Report of the Indian Hemp Drugs Commission, 1894-1895 - Volume VII
Year: 1894
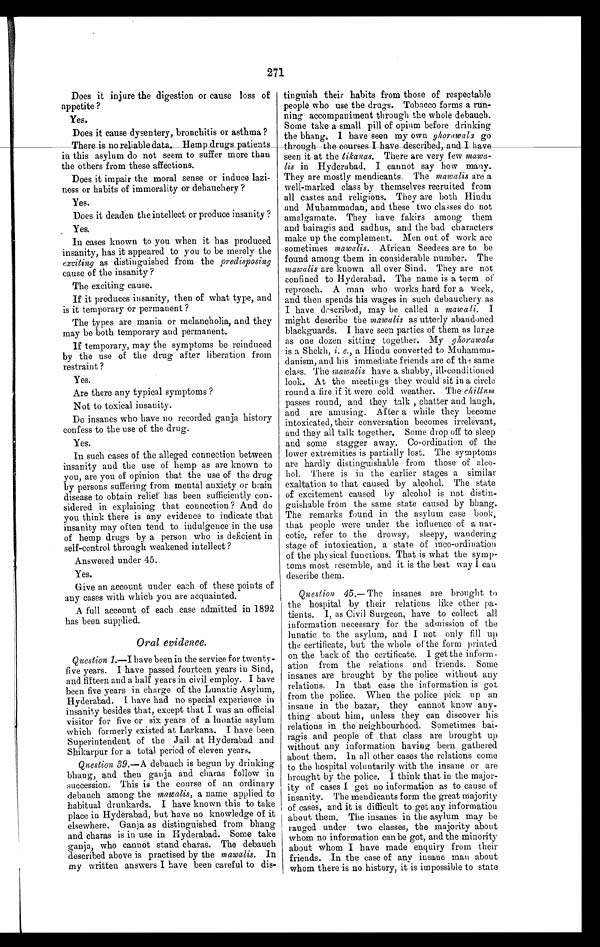
271
Does it injure the digestion or cause loss of
appetite ?
Yes.
Does it cause dysentery, bronchitis or asthma ?
There is no reliable data. Hemp drugs patients
in this asylum do not seem to suffer more than
the others from these affections.
Does it impair the moral sense or induce lazi
ness or habits of immorality or debauchery ?
Yes.
Does it deaden the intellect or produce insanity
Yes.
In cases known to you when it has produced
insanity, has it appeared to you to be merely the
exciting as distinguished from the predisposing
cause of the insanity ?
The exciting cause.
If it produces insanity, then of what type, and
is it temporary or permanent ?
The types are mania or melancholia, and they
may be both temporary and permanent.
If temporary, may the symptoms be reinduced
by the use of the drug after liberation from
restraint ?
Yes.
Are there any typical symptoms ?
Not to toxical insanity.
Do insanes who have no recorded ganja history
confess to the use of the drug.
Yes.
In such cases of the alleged connection between
insanity and the use of hemp as are known to
you, are you of opinion that the use of the drug
by persons suffering from mental anxiety or brain
disease to obtain relief has been sufficiently con
sidered in explaining that connection? And do
you think there is any evidence to indicate that
insanity may often tend to indulgence in the use
of hemp drugs by a person who is deficient in
self-control through weakened intellect ?
Answered under 45.
Yes.
Give an account under each of these points of
any cases with which you are acquainted.
A full account of each case admitted in 1892
has been supplied.
Oral evidence.
Question 1.—I have been in the service for twenty-
five years. I have passed fourteen years in Sind,
and fifteen and a half years in civil employ. I have
been five years in charge of the Lunatic Asylum,
Hyderabad. I have had no special experience in
insanity besides that, except that I was an official
visitor for five or six years of a lunatic asylum
which formerly existed at Larkana. I have been
Superintendent of the Jail at Hyderabad and
Shikarpur for a total period of eleven years.
Question 39.—A debauch is begun by drinking
bhang, and then ganja and charas follow in
succession. This is the course of an ordinary
debauch among the mawalis, a name applied to
habitual drunkards. I have known this to take
place in Hyderabad, but have no knowledge of it
elsewhere, Ganja as distinguished from bhang
and charas is in use in Hyderabad. Some take
ganja, who cannot stand charas. The debauch
described above is practised by the mawalis. In
my written answers I have been careful to dis
tinguish their habits from those of respectable
people who use the drugs. Tobacco forms a run
ning accompaniment through the whole debauch.
Some take a small pill of opium before drinking
the bhang. I have seen my own ghorawala go
through the courses I have described, and I have
seen it at the tikanas. There are very few mawa-
lis in Hyderabad. I cannot say how many.
They are mostly mendicants. The mawalis are
well-marked class by themselves recruited from
all castes and religions. They are both Hindu
and Muhammadan, and these two classes do not
amalgamate. They have fakirs among them
and bairagis and sadhus, and the bad characters
make up the complement. Men out of work are
sometimes mawalis. African Seedees are to be
found among them in considerable number. The
mawalis are known all over Sind. They are not
confined to Hyderabad. The name is a term of
reproach. A man who works hard for a week,
and then spends his wages in such debauchery as
I have described, may be called a mawali. I
might describe the mawalis as utterly abandoned
blackguards. I have seen parties of them as large
as one dozen sitting together. My ghorawala
is a Shekh, e., a Hindu converted to Muhamma
-danism, and his immediate friends are of the
same
class. The mawalis have a shabby, ill-conditioned
look. At the meetings they would sit in a circle
round a fire if it were cold weather. The chillum
passes round, and they talk , chatter and laugh,
and are amusing. After a while they become
intoxicated, their conversation becomes irrelevant,
and they all talk together. Some drop off to sleep
and some stagger away. Co-ordination of the
lower extremities is partially lost. The symptoms
are hardly distinguishable from those of
alco-
hol. There is in the earlier stages a similar
exaltation to that caused by alcohol. The state
of excitement caused by alcohol is not distin
-guishable from the same state caused by
bhang.
The remarks found in the asylum case book,
that people were under the influence of a nar
cotic, refer to the drowsy, sleepy, wandering
stage of intoxication, a state of inco-ordination
of the physical functions. That is what the symp
Question 45.— The insanes are brought to
the hospital by their relations like other pa
tients. I, as Civil Surgeon, have to collect all
information necessary for the admission of the
lunatic to the asylum, and I not only fill up
the certificate, but the whole ofthe form printed
on the back of the certificate. I get the inform -
ation from the relations and friends. Some
insanes are brought by the police without any
relations. In that case the information is got
from the police. When the police pick up an
insane in the bazar, they cannot know any
thing about him, unless they can discover his
relations in the neighbourhood. Sometimes bai
ragis and people of that class are brought up
without any information having been gathered
about them. In all other cases the relations come
to the hospital voluntarily with the insane or are
brought by the police. I think that in the major
ity of cases I get no information as to cause of
insanity. The mendicants form the great majority
of cases, and it is difficult to get any information
about them. The insanes in the asylum may be
ranged under two classes, the majority about
whom no information can be got, and the minority
about whom I have made enquiry from their
friends. In the case of any insane man about
whom there is no history, it is impossible to state
toms most resemble, and it is the best way I can